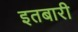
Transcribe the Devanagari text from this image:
इतबारी